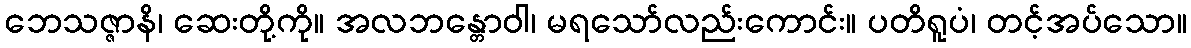
ဘေသဇ္ဇာနိ၊ ဆေးတို့ကို။ အလဘန္တောဝါ၊ မရသော်လည်းကောင်း။ ပတိရူပံ၊ တင့်အပ်သော။